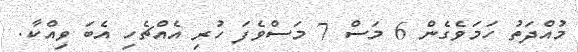
މުއްދަތު ހަމަވެގެން 6 މަސް 7 މަސްވެފަ ހުރި އެއްޗެހި އެބަ ވިއްކާ.